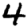
Digit: 4